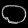
Digit: ၀